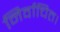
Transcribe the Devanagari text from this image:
निर्वाचित।